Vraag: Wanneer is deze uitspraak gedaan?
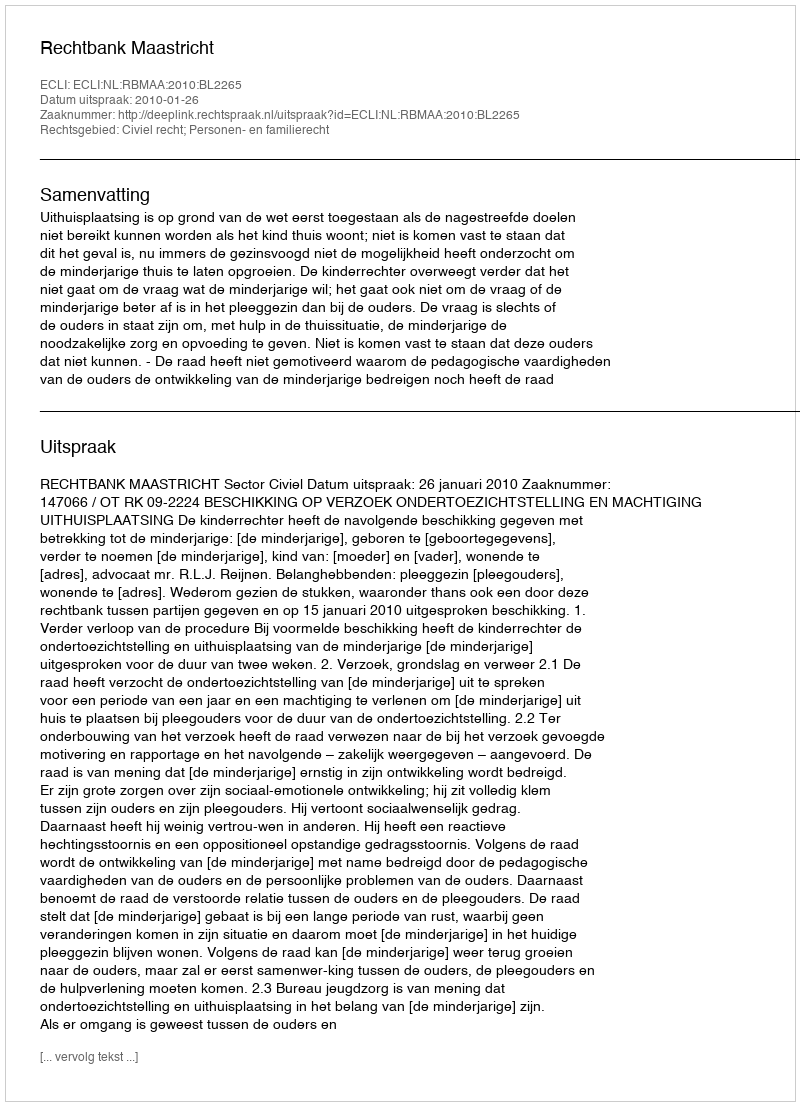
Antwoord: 2010-01-26